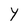
Character: Y